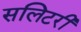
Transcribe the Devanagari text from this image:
सलिटरी